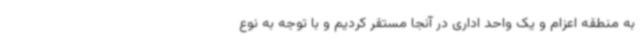
به منطقه اعزام و یک واحد اداری در آنجا مستقر کردیم و با توجه به نوع